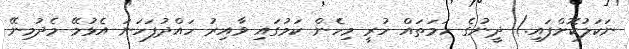
ނަކަލުކޮށްފައި.) ދީނުގެ ހަމަތައް ހުރީ މިހެން ކަމުގައި ވާއިރު ހައްދުފަހަނަ އެޅުމޭ މެދުމިނޭ